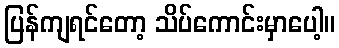
ပြန်ကျရင်တော့ သိပ်ကောင်းမှာပေါ့။